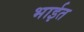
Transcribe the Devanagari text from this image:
भाईत